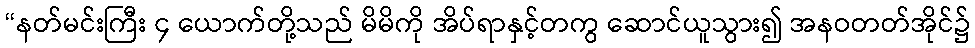
“နတ်မင်းကြီး ၄ ယောက်တို့သည် မိမိကို အိပ်ရာနှင့်တကွ ဆောင်ယူသွား၍ အနဝတတ်အိုင်၌